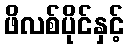
ဖိလစ်ပိုင်နှင့်